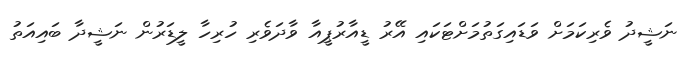
ނަޝީދު ވެރިކަމަށް ވަޑައިގަތުމަށްޓަކައި އޭރު ޑީއާރުޕީއާ ވާދަވެރި ހުރިހާ ލީޑަރުން ނަޝީދާ ބައިއަތު